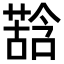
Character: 𮐽